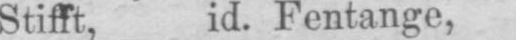
Stifft, id. Fentange,